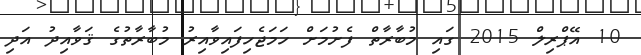
10 އޭޕްރިލް 2015 ގައި މުބާރާތް ފެށުމަށް ހަމަޖެހިފައިވާއިރު މުބާރާތުގެ ޤަވާއިދު އަދި